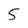
Character: 5